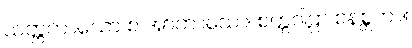
သတ္တကာယော စ အာကာသော၊ စက္ကဝါဠာ စနစ္တကာ။